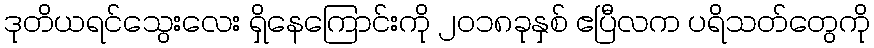
ဒုတိယရင်သွေးလေး ရှိနေကြောင်းကို ၂၀၁၈ခုနှစ် ဧပြီလက ပရိသတ်တွေကို